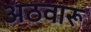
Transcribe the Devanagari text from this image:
अठवारू